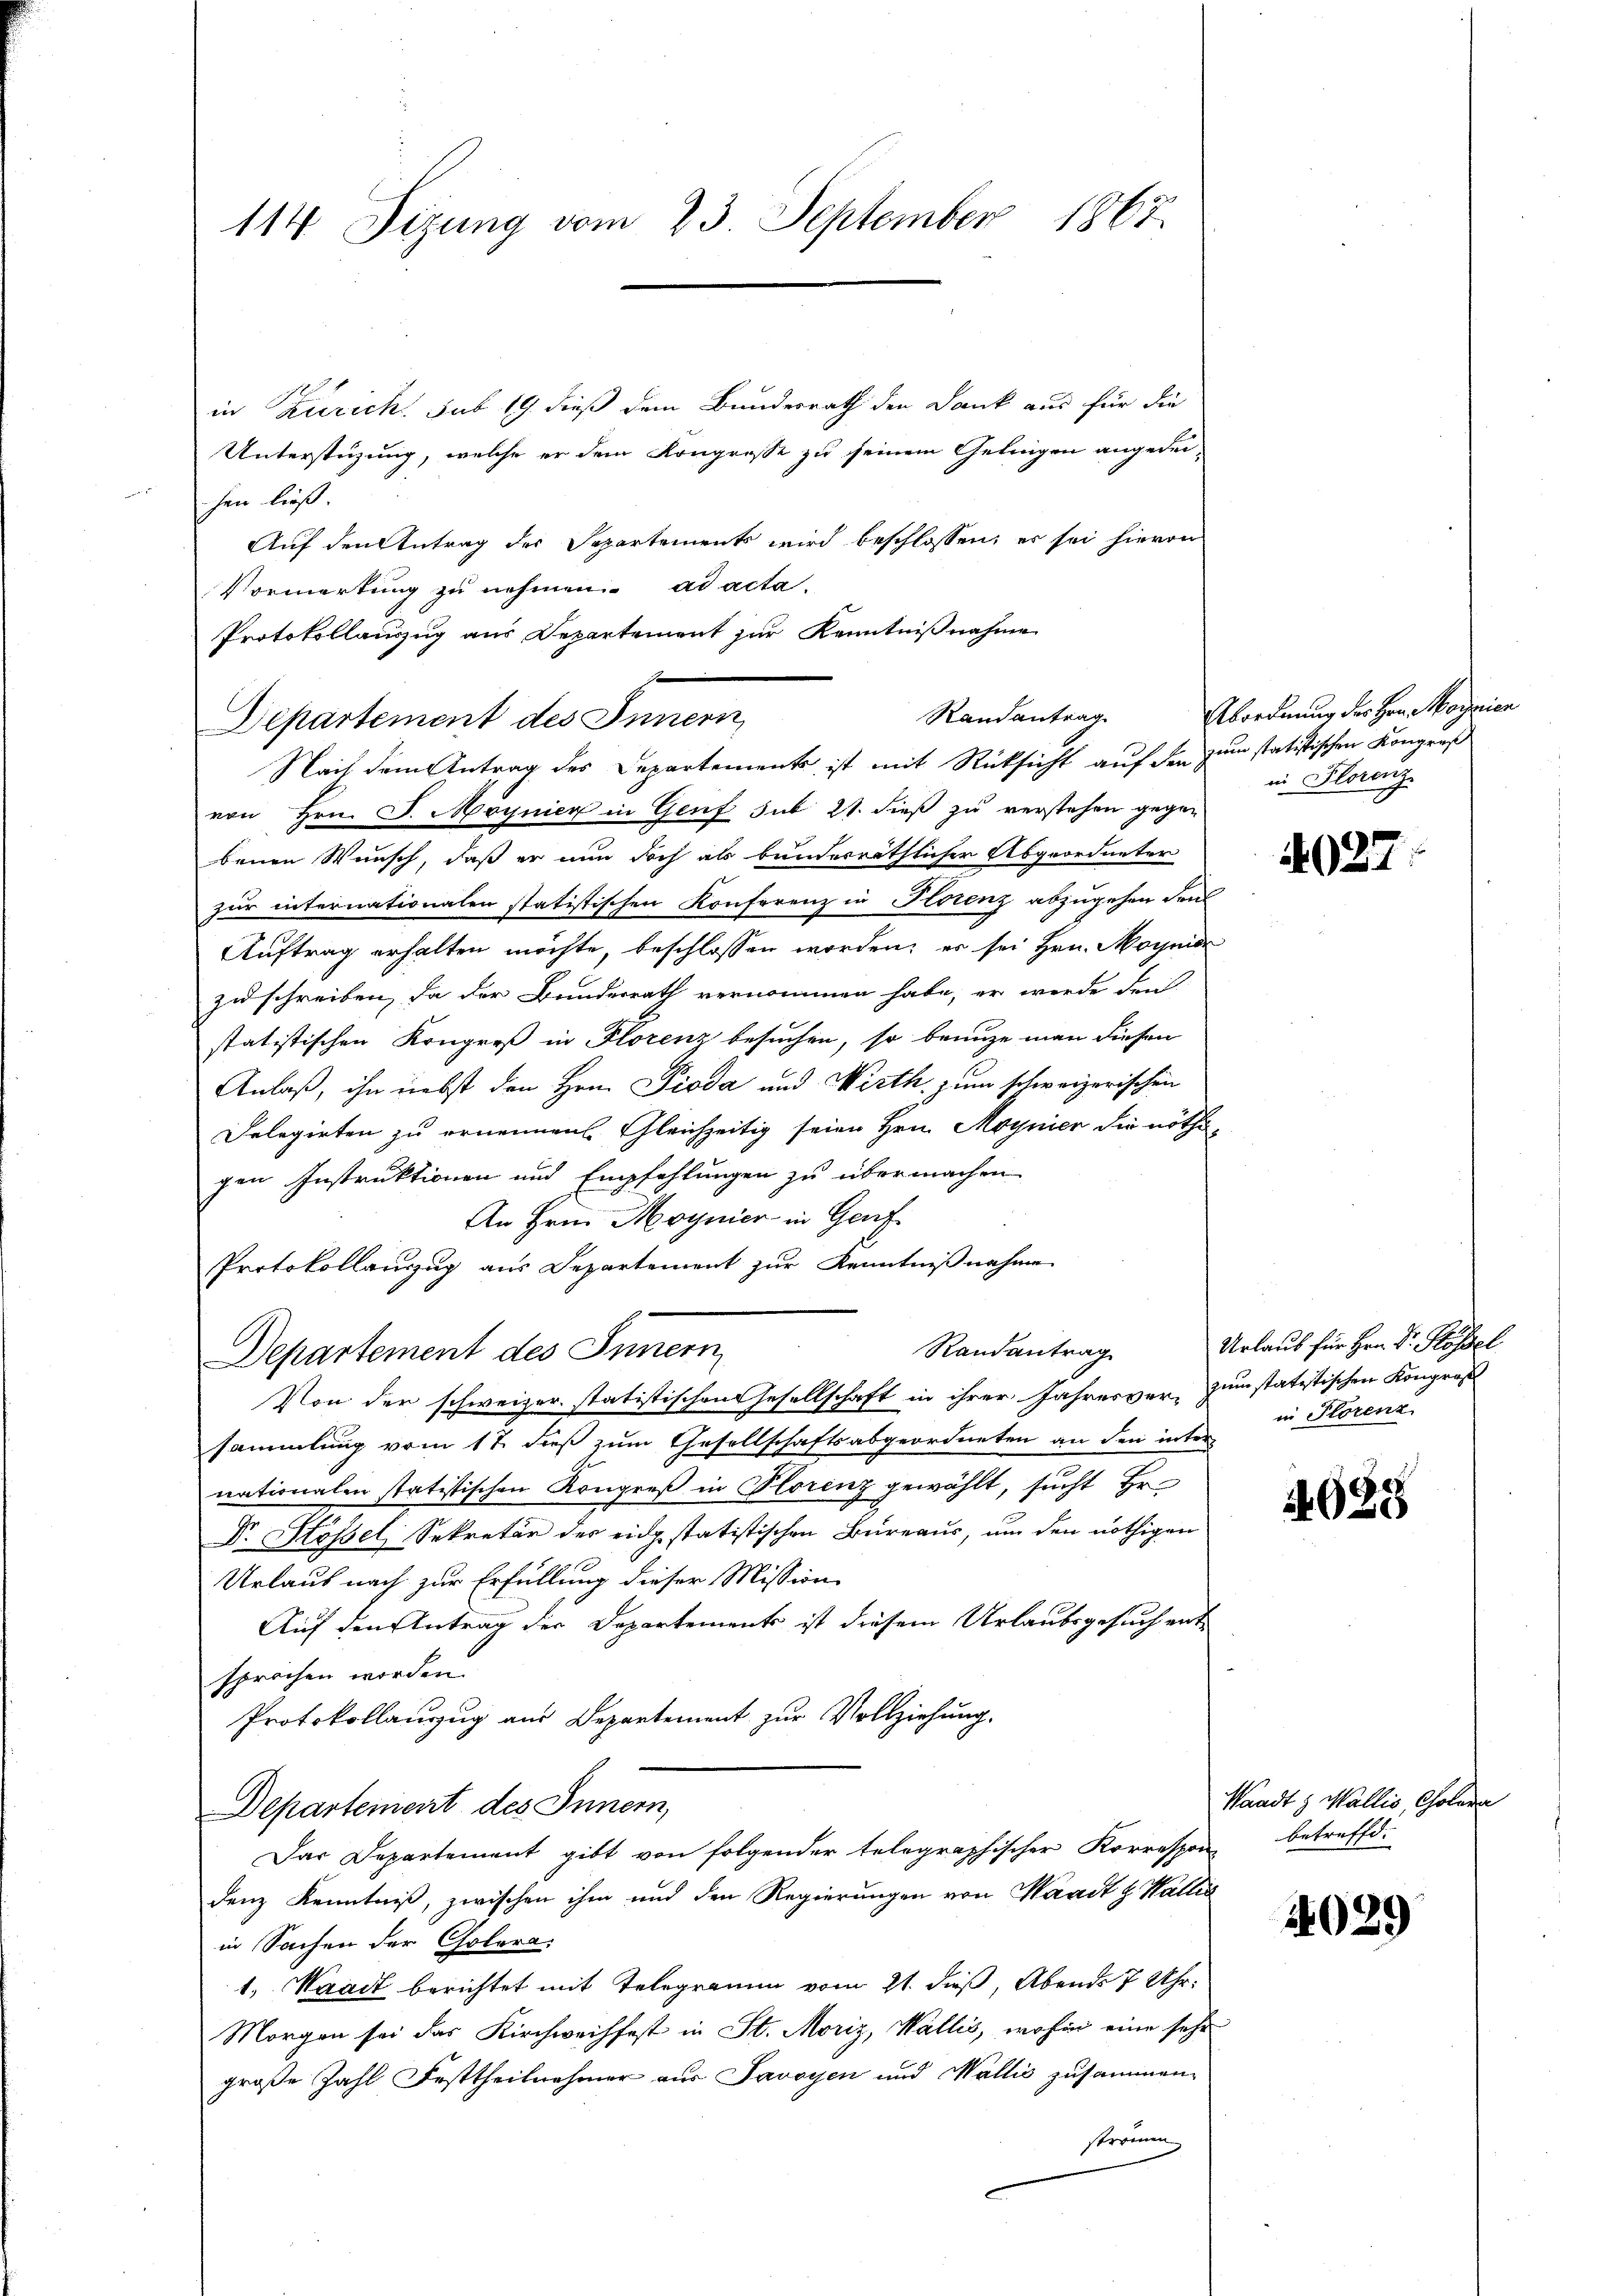
in Zürich sub 19 dieß dem Bundesrath den Dank aus für die
Unterstüzung, welche er dem Kongrosse zu seinem Gelingen angedeihen ließ.
Auf den Antrag des Separtements wird beschlossen, er sei hievon
Vormerkung zu nehmen. ad acta.
Protokollauszug aus Departement zur Kenntnißnahme
e
Departement des Innern
Nach dem Antrag des Departements ist mit Rücksicht auf der zum statistischen Kongreß
von Hrn. J. Moynier in Genf sub 21. dieß zu verstehen gegen
benen Wunsch, daß er nun doch als bunderräthlicher Abgeordneter
zur internationalen statistischen Konferenz in Horenz abzugehen den
Auftrag erhalten möchte, beschlossen worden; es sei Hrn. Moynid
zuschreiben, da der Bunderrath vernommen habe, er werde den
statistischen Kongreß in Florenz besuchen, so benuze man diesen
Anlaß, ihn nebst den Hrn. Pioda und Wirth, zum schweizerischen
Delegirten zu ernennen. Gleichzeitig seien Hrn. Magnier die nöthi-
gen Instruktionen und Empfehlungen zu übermachen.
An Hrn. Moynier in Genf
Protokollauszug aus Departement zur Kenntnißnahme
Randantrag
Departement des Innern
Von der schweizer statistischen Gesellschaft in ihrer Jahresver- zum statistischen Kongros
sammlung vom 17. dieß zum Gesellschaftsabgeordneten an den inter-
nationalen statistischen Kongreß in Horenz gewählt, sucht Hr.
Dr. Hösel, Sekretär des eidgstatistischen Bureaus, um den nöthigen
Urlaub nach zur Erfüllung dieser Mission
Auf den Antrag der Departements ist diesem Urlaubsgesuch entsprochen worden.
Protokollanzug aus Departement zur Vollziehung.
Departement des Innern,
Das Departement gibt von folgender telegraphischer Korrespon, betreffd.
denz Kenntniß, zwischen ihm und den Regierungen von Waadt & Wallia
in Sachen der Cholera.
1. Waadt berichtet mit Telegramm vom 21. dieß, Abends 7 Uhr
Morgen sei das Kirchweisfest in St. Moriz, Wallis, wohin eine sehr
große Zahl Festtheilnehmer aus Savoyen und Wallis zusammenströmen

114 Sizung vom 23. September 1867.

Randantrag

Abordnung der Hrn. Magnien
in Florenz

4027

Urlaub für Hrn. Dr. Flössel
in Florenz

2635

Standt & Wallis, Colora

4029